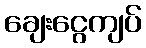
ချေးငွေကျပ်